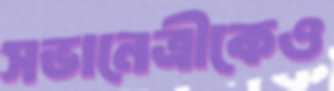
সভানেত্রীকেও